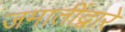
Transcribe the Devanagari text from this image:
जमातींद्वारे